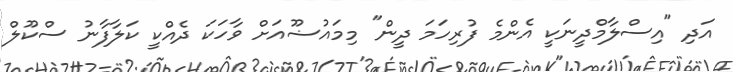
އަދި "އިސްލާމްދީނަކީ އެންމެ ފުރިހަމަ ދީން" މިމައުޟޫއަށް ވާހަކަ ދެއްކީ ކަލާފާނު ސްކޫލް